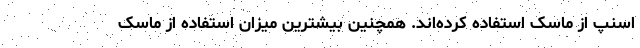
اسنپ از ماسک استفاده کرده‌اند. همچنین بیشترین میزان استفاده از ماسک